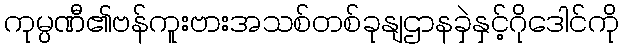
ကုမ္ပဏီ၏ဗန်ကူးဗားအသစ်တစ်ခုနျဌာနခှဲနှင့်ဂိုဒေါင်ကို